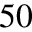
5 0